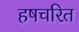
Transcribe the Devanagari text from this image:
हषचरित